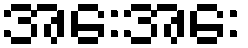
အေးအေး